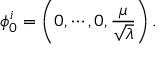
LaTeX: \phi _ { 0 } ^ { i } = \left( 0 , \cdots , 0 , { \frac { \mu } { \sqrt { \lambda } } } \right) .